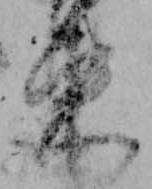
束